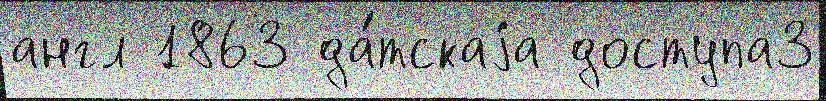
англ 1863 да́тскаjа доступа3